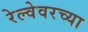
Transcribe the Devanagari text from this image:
रेल्वेवरच्या